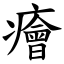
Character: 癐